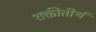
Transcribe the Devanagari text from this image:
शक्तीतीर्थ